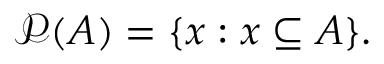
{ \mathcal { P } } ( A ) = \{ x : x \subseteq A \} .